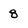
Character: 8